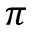
\pi